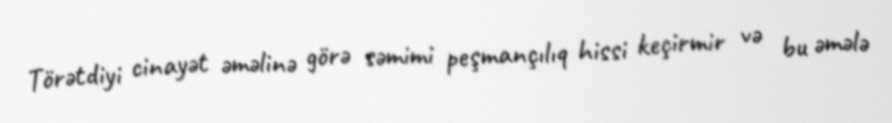
Törətdiyi cinayət əməlinə görə səmimi peşmançılıq hissi keçirmir və bu əmələ